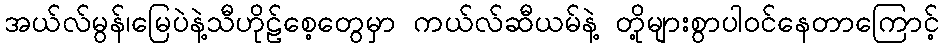
အယ်လ်မွန်၊မြေပဲနဲ့သီဟိုဠ်စေ့တွေမှာ ကယ်လ်ဆီယမ်နဲ့ တို့များစွာပါဝင်နေတာကြောင့်